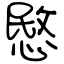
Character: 愍